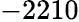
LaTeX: -2210